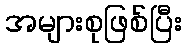
အများစုဖြစ်ပြီး